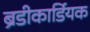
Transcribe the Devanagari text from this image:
ब्रेडीकार्डियक